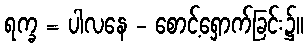
ရက္ခ = ပါလနေ - စောင့်ရှောက်ခြင်း၌။